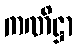
ကဏိဋ္ဌာ